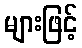
များဖြင့်